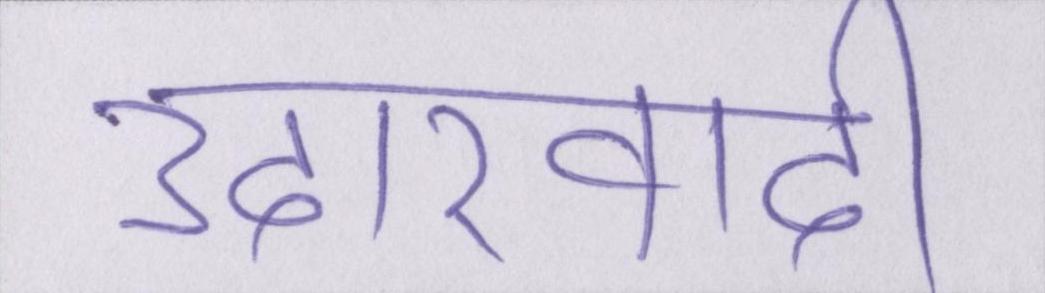
उदारवादी